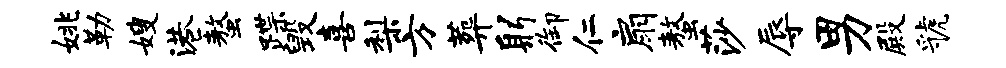
姚勒嫂港螯蹀毁喜梨方葬躬御仁扇螯莎辱男殿虢